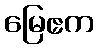
မြေဧက